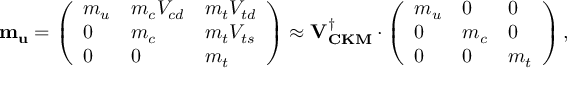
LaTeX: { \bf m _ { u } } = \left( \begin{array} { l l l } { { m _ { u } } } & { { m _ { c } V _ { c d } } } & { { m _ { t } V _ { t d } } } \\ { { 0 } } & { { m _ { c } } } & { { m _ { t } V _ { t s } } } \\ { { 0 } } & { { 0 } } & { { m _ { t } } } \end{array} \right) \approx { \bf V _ { C K M } ^ { \dagger } } \cdot \left( \begin{array} { l l l } { { m _ { u } } } & { { 0 } } & { { 0 } } \\ { { 0 } } & { { m _ { c } } } & { { 0 } } \\ { { 0 } } & { { 0 } } & { { m _ { t } } } \end{array} \right) ,